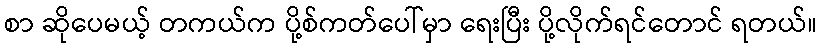
စာ ဆိုပေမယ့် တကယ်က ပို့စ်ကတ်ပေါ်မှာ ရေးပြီး ပို့လိုက်ရင်တောင် ရတယ်။